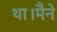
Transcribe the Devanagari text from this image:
था।मैने